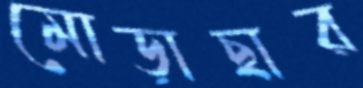
মোড়াছার